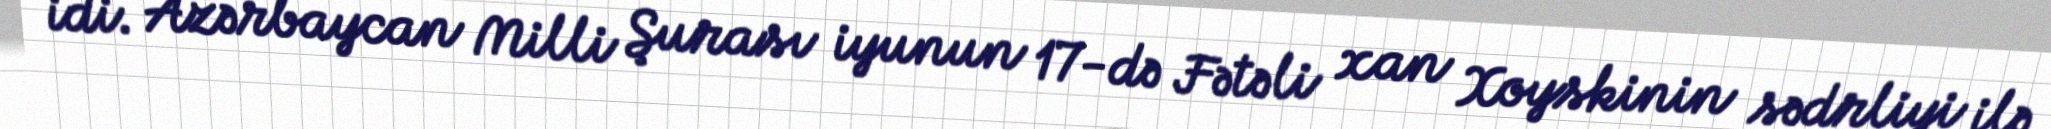
idi. Azərbaycan Milli Şurası iyunun 17-də Fətəli xan Xoyskinin sədrliyi ilə